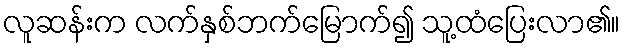
လူဆန်းက လက်နှစ်ဘက်မြောက်၍ သူ့ထံပြေးလာ၏။